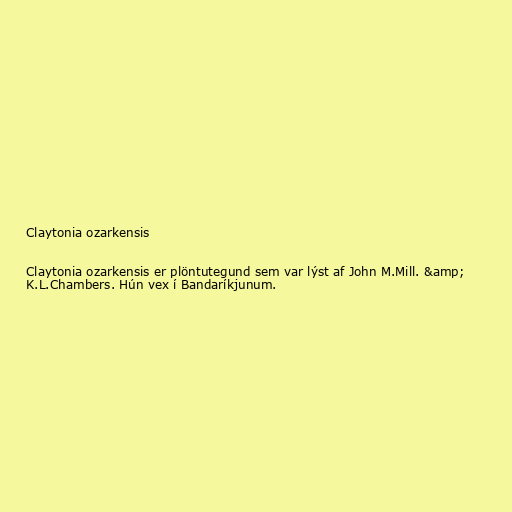
Claytonia ozarkensis

Claytonia ozarkensis er plöntutegund sem var lýst af John M.Mill. &amp;
K.L.Chambers. Hún vex í Bandaríkjunum.